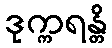
ဒုက္ကရန္တိ